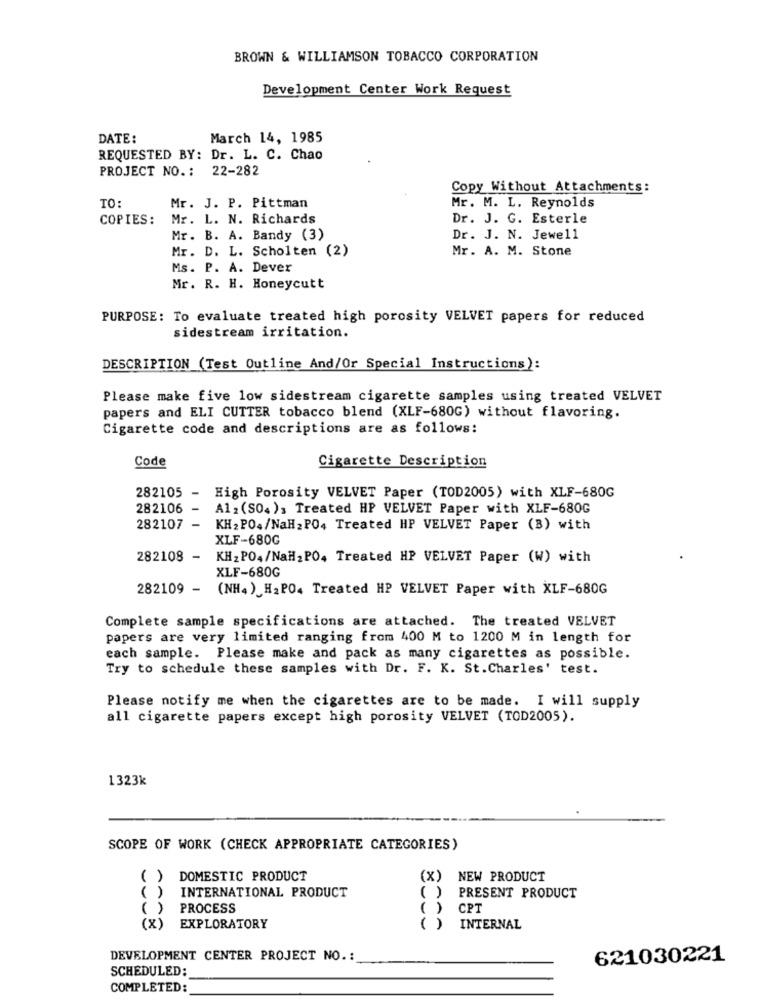
BROWN & WILLIAMSON TOBACCO CORPORATION
Development Center Work Request
DATE:
March 14, 1985
REQUESTED BY: Dr. L. C. Chao
PROJECT NO .: 22-282
Copy Without Attachments:
TO:
Mr. J. P. Pittman
Mr. M. L. Reynolds
COPIES:
Mr. L. N. Richards
Dr. J. G. Esterle
Mr. B. A. Bandy (3)
Dr. J. N. Jewell
Mr. D. L. Scholten (2)
Mr. A. M. Stone
Ms. P. A. Dever
Mr. R. H. Honeycutt
PURPOSE: To evaluate treated high porosity VELVET papers for reduced
sidestream irritation.
DESCRIPTION (Test Outline And/Or Special Instructions):
Please make five low sidestream cigarette samples using treated VELVET
papers and ELI CUTTER tobacco blend (XLF-680G) without flavoring.
Cigarette code and descriptions are as follows:
Code
Cigarette Description
282105 -
High Porosity VELVET Paper (TOD2005) with XLF-680G
282106
A1 2 (SO4): Treated HP VELVET Paper with XLF-680G
282107
KH2 PO4/NaH>PO4 Treated HP VELVET Paper (B) with
XLF-680G
282108 -
KH2PO4/NaH>PO, Treated HP VELVET Paper (W) with
XLF-680G
282109 - (NH4) H2PO. Treated HP VELVET Paper with XLF-680G
Complete sample specifications are attached. The treated VELVET
papers are very limited ranging from 400 M to 1200 M in length for
each sample. Please make and pack as many cigarettes as possible.
Try to schedule these samples with Dr. F. K. St. Charles' test.
Please notify me when the cigarettes are to be made. I will supply
all cigarette papers except high porosity VELVET (TOD2005).
1323k
SCOPE OF WORK (CHECK APPROPRIATE CATEGORIES)
( )
DOMESTIC PRODUCT
(x)
NEW PRODUCT
( )
( )
INTERNATIONAL PRODUCT
PRESENT PRODUCT
( )
PROCESS
( )
CPT
(X) EXPLORATORY
( )
INTERNAL
DEVELOPMENT CENTER PROJECT NO .:
621030221
SCHEDULED:
COMPLETED: